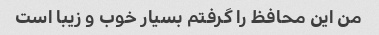
من این محافظ را گرفتم بسیار خوب و زیبا است